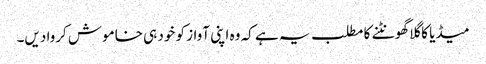
میڈیا کا گلا گھونٹنے کا مطلب یہ ہے کہ وہ اپنی آواز کو خود ہی خاموش کروا دیں۔